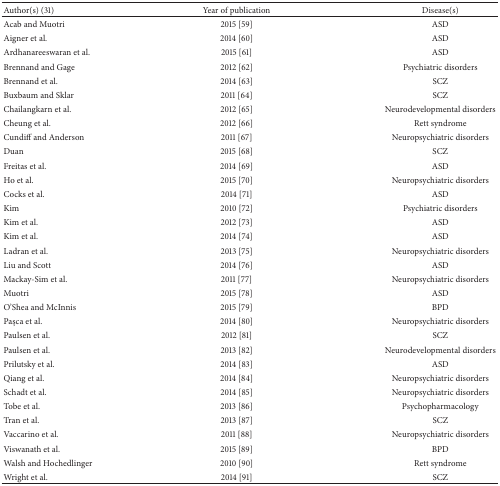
| Author(s) (31) | Year of publication | Disease(s) |
 | --- | --- | --- |
 | Acab and Muotri | 2015 [59] | ASD |
 | Aigner et al. | 2014 [60] | ASD |
 | Ardhanareeswaran et al. | 2015 [61] | ASD |
 | Brennand and Gage | 2012 [62] | Psychiatric disorders |
 | Brennand et al. | 2014 [63] | SCZ |
 | Buxbaum and Sklar | 2011 [64] | SCZ |
 | Chailangkarn et al. | 2012 [65] | Neurodevelopmental disorders |
 | Cheung et al. | 2012 [66] | Rett syndrome |
 | Cundiff and Anderson | 2011 [67] | Neuropsychiatric disorders |
 | Duan | 2015 [68] | SCZ |
 | Freitas et al. | 2014 [69] | ASD |
 | Ho et al. | 2015 [70] | Neuropsychiatric disorders |
 | Cocks et al. | 2014 [71] | ASD |
 | Kim | 2010 [72] | Psychiatric disorders |
 | Kim et al. | 2012 [73] | ASD |
 | Kim et al. | 2014 [74] | ASD |
 | Ladran et al. | 2013 [75] | Neuropsychiatric disorders |
 | Liu and Scott | 2014 [76] | ASD |
 | Mackay-Sim et al. | 2011 [77] | Neuropsychiatric disorders |
 | Muotri | 2015 [78] | ASD |
 | O'Shea and McInnis | 2015 [79] | BPD |
 | Paşca et al. | 2014 [80] | Neuropsychiatric disorders |
 | Paulsen et al. | 2012 [81] | SCZ |
 | Paulsen et al. | 2013 [82] | Neurodevelopmental disorders |
 | Prilutsky et al. | 2014 [83] | ASD |
 | Qiang et al. | 2014 [84] | Neuropsychiatric disorders |
 | Schadt et al. | 2014 [85] | Neuropsychiatric disorders |
 | Tobe et al. | 2013 [86] | Psychopharmacology |
 | Tran et al. | 2013 [87] | SCZ |
 | Vaccarino et al. | 2011 [88] | Neuropsychiatric disorders |
 | Viswanath et al. | 2015 [89] | BPD |
 | Walsh and Hochedlinger | 2010 [90] | Rett syndrome |
 | Wright et al. | 2014 [91] | SCZ |